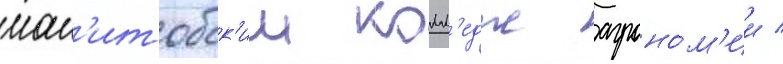
ман'итобск'ии колл'едж агроно́м'ии /